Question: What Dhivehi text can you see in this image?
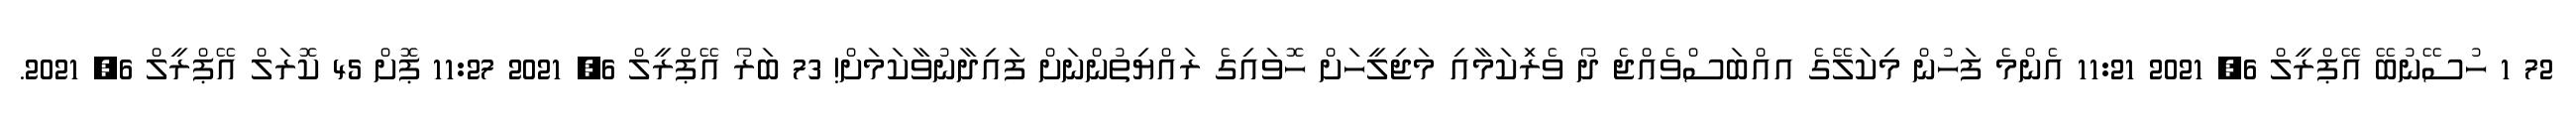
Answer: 72 1 ހުސޭނުބޭ އޭޕްރީލް 6, 2021 11:21 އެންމެ ފަހުން މިކަލޭގެ އއްބަސްވެއްޖެ ދޯ ވެރިަކަމާއި މަޖިލީހަށް ހޮވައިގެ ރައްޔިތުންނަށް ފައިދާނުވާކަމަށް! 73 ބަރޯ އޭޕްރީލް 6, 2021 11:27 ޕޮށް 45 ކޮރަލް އޭޕްރީލް 6, 2021.